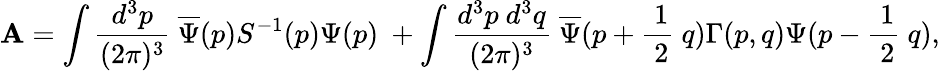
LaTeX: \mathbf{A}=\int\frac{{d^{3}p}}{{(2\pi)^{3}}}\ \overline{{{{\Psi}}}}(p)S^{-1}(p)\Psi(p)\ +\int\frac{{d^{3}p\ d^{3}q}}{{(2\pi)^{3}}}\ \overline{{{{\Psi}}}}(p+\frac{{\ 1}}{{\ 2}}\ q)\Gamma(p,q)\Psi(p-\frac{{\ 1}}{{\ 2}}\ q),